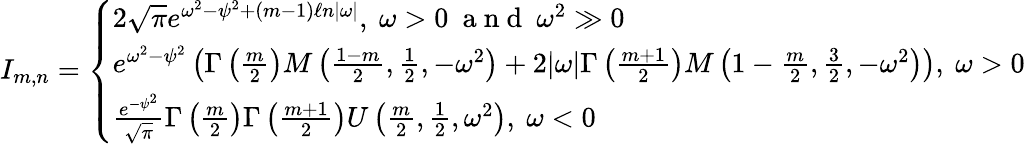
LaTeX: \begin{array}{r}{I_{m,n}=\left\{ \begin{array}{ll}{2\sqrt{\pi}e^{\omega^{2}-\psi^{2}+(m-1)\ell n|\omega|},\ \omega>0\ \mathrm{~a~n~d~}\ \omega^{2}\gg 0}\\ {e^{\omega^{2}-\psi^{2}}\left(\Gamma\left(\frac{m}{2}\right)M\left(\frac{1-m}{2},\frac{1}{2},-\omega^{2}\right)+2|\omega|\Gamma\left(\frac{m+1}{2}\right)M\left(1-\frac{m}{2},\frac{3}{2},-\omega^{2}\right)\right),\ \omega>0}\\ {\frac{e^{-\psi^{2}}}{\sqrt{\pi}}\Gamma\left(\frac{m}{2}\right)\Gamma\left(\frac{m+1}{2}\right)U\left(\frac{m}{2},\frac{1}{2},\omega^{2}\right),\ \omega<0}\end{array}\right.}\end{array}